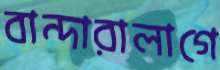
বান্দারালাগে